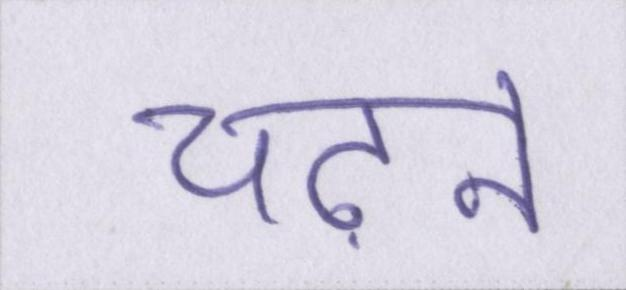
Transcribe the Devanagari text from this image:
चढ़ने